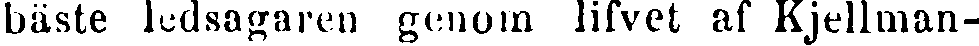
bäste ledsagaren genom lifvet af Kjellman-